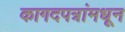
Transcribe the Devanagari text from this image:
कागदपत्रांमधून